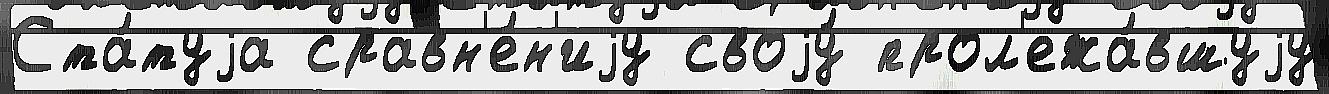
Ста́туjа сравн'е́н'иjу своjу́ прол'ежа́вшуjу